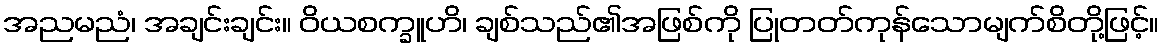
အညမညံ၊ အချင်းချင်း။ ဝိယစက္ခူဟိ၊ ချစ်သည်၏အဖြစ်ကို ပြုတတ်ကုန်သောမျက်စိတို့ဖြင့်။